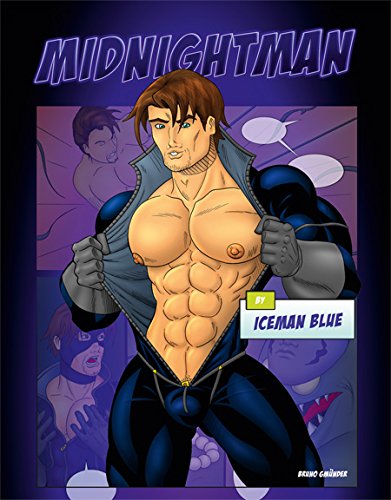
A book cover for Midnightman; Comics & Graphic Novels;